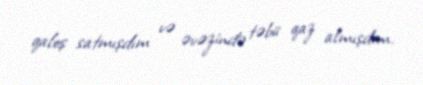
qaloş satmışdım və əvəzində təbii qaz almışdım.